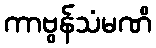
ကာဗွန်သံမဏိ